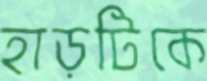
হাড়টিকে